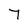
Character: 7